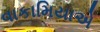
વાકામિયાએ